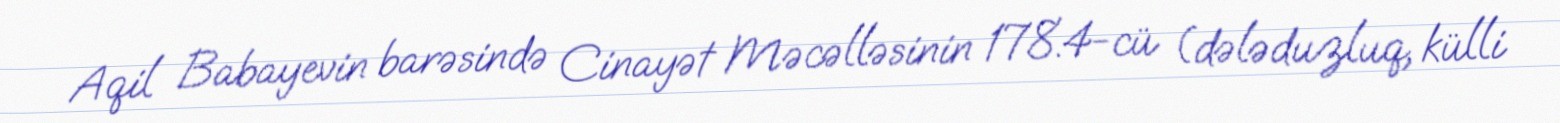
Aqil Babayevin barəsində Cinayət Məcəlləsinin 178.4-cü (dələduzluq, külli